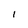
Character: I